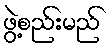
ဖွဲ့စည်းမည်